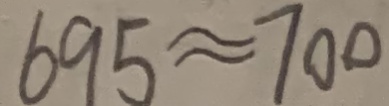
6 9 5 \approx 7 0 0